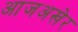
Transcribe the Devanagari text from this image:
आजअखेर